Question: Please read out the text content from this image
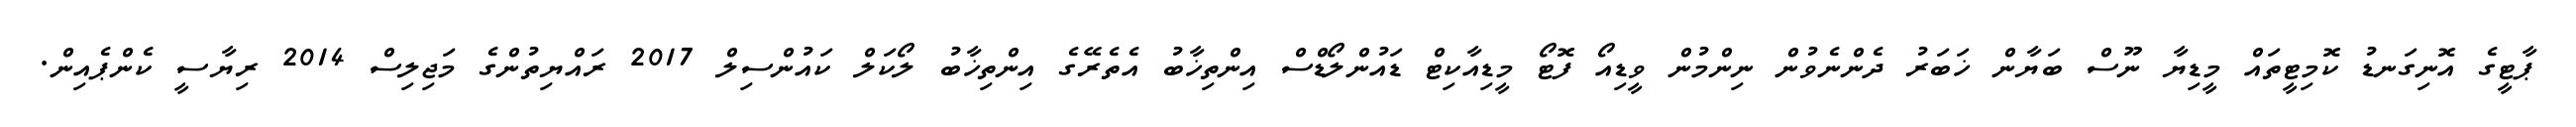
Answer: ޕާޓީގެ އޮނިގަނޑު ކޮމިޓީތައް މީޑިޔާ ނޫސް ބަޔާން ޚަބަރު ދެންނެވުން ނިންމުން ވީޑިއޯ ފޮޓޯ މީޑިއާކިޓް ޑައުންލޯޑްސް އިންތިޚާބު އެތެރޭގެ އިންތިޚާބު ލޯކަލް ކައުންސިލް 2017 ރައްޔިތުންގެ މަޖިލިސް 2014 ރިޔާސީ ކެންޕެއިން.